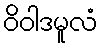
ဝိဝါဒမူလံ